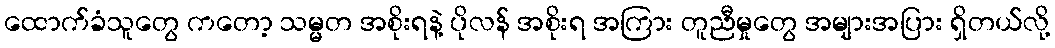
ထောက်ခံသူတွေ ကတော့ သမ္မတ အစိုးရနဲ့ ပိုလန် အစိုးရ အကြား တူညီမှုတွေ အများအပြား ရှိတယ်လို့